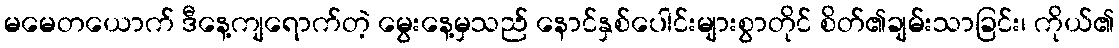
မမေတယောက် ဒီနေ့ကျရောက်တဲ့ မွေးနေ့မှသည် နောင်နှစ်ပေါင်းများစွာတိုင် စိတ်၏ချမ်းသာခြင်း၊ ကိုယ်၏